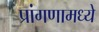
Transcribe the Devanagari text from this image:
प्रांगणामध्ये